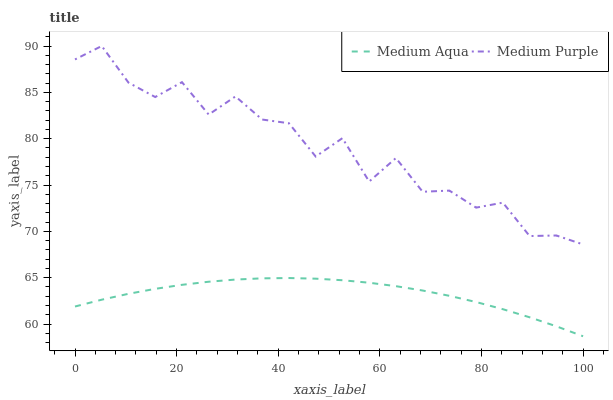
| xaxis_label | Medium Aqua | Medium Purple |
 | --- | --- | --- |
 | 0 | 61.9 | 88.6 |
 | 5.26 | 62.6 | 90 |
 | 10.5 | 63.3 | 86 |
 | 15.8 | 63.8 | 84.5 |
 | 21.1 | 64.2 | 86.1 |
 | 26.3 | 64.6 | 82.6 |
 | 31.6 | 64.8 | 84.6 |
 | 36.8 | 64.9 | 82.1 |
 | 42.1 | 65 | 81.7 |
 | 47.4 | 64.9 | 78.1 |
 | 52.6 | 64.7 | 80.1 |
 | 57.9 | 64.5 | 75.4 |
 | 63.2 | 64.1 | 77.9 |
 | 68.4 | 63.6 | 74.3 |
 | 73.7 | 63 | 74.4 |
 | 78.9 | 62.4 | 72.6 |
 | 84.2 | 61.6 | 73.1 |
 | 89.5 | 60.7 | 69.5 |
 | 94.7 | 59.8 | 69.6 |
 | 100 | 58.7 | 68.6 |